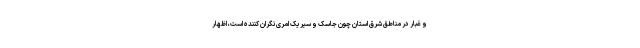
و غبار در مناطق شرق استان چون جاسک و سیریک امری نگران کننده است، اظهار